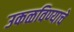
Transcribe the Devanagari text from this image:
उकळविण्याचे